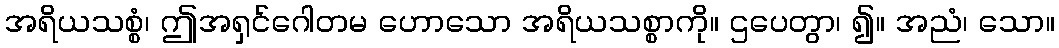
အရိယသစ္စံ၊ ဤအရှင်ဂေါတမ ဟောသော အရိယသစ္စာကို။ ဌပေတွာ၊ ၍။ အညံ၊ သော။